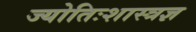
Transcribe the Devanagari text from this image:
ज्योतिःशास्त्रज्ञ